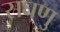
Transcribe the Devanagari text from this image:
सघणु